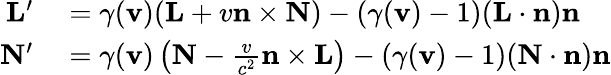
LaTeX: \begin{array}{rl}{\mathbf{L}^{\prime}}&{{}=\gamma(\mathbf{v})(\mathbf{L}+v\mathbf{n}\times\mathbf{N})-(\gamma(\mathbf{v})-1)(\mathbf{L}\cdot\mathbf{n})\mathbf{n}}\\ {\mathbf{N}^{\prime}}&{{}=\gamma(\mathbf{v})\left(\mathbf{N}-{\frac{v}{c^{2}}}\mathbf{n}\times\mathbf{L}\right)-(\gamma(\mathbf{v})-1)(\mathbf{N}\cdot\mathbf{n})\mathbf{n}}\end{array}